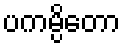
ပကမ္ပိတော